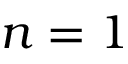
n = 1